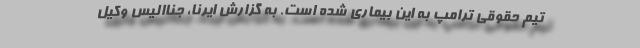
تیم حقوقی ترامپ به این بیماری شده است. به گزارش ایرنا، جناالیس وکیل